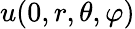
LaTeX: u(0,r,\theta,\varphi)